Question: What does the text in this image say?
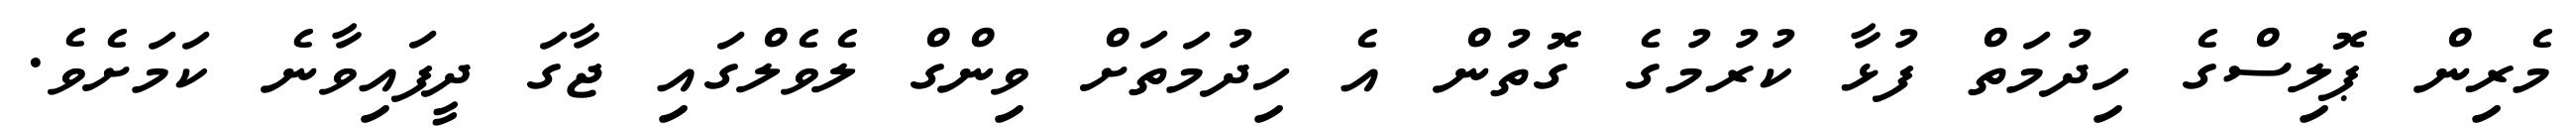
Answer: މެރިން ޕޮލިސްގެ ހިދުމަތް ފުޅާ ކުރުމުގެ ގޮތުން އެ ހިދުމަތަށް ވިންގް ލެވެލްގައި ޖާގަ ދީފައިވާނެ ކަމަށެވެ.